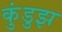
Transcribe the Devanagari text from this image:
कुंडुझ